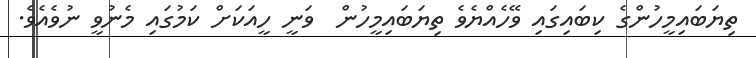
ތިޔަބައިމީހުންގެ ކިބައިގައި ވޭހެއްޔެވެ ތިޔަބައިމީހުން  ވަނީ ހީއަކަށް ކަމުގައި މެނުވީ ނުވެއެވެ.